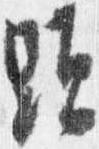
顕